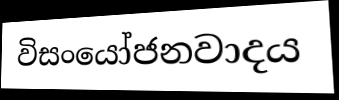
විසංයෝජනවාදය